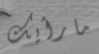
مارأيك